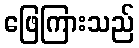
ဖြေကြားသည်